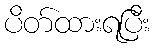
ပိတ်ထားရပြီး